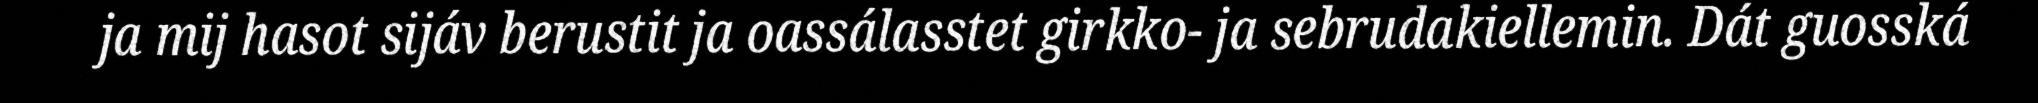
ja mij hasot sijáv berustit ja oassálasstet girkko- ja sebrudakiellemin. Dát guosská